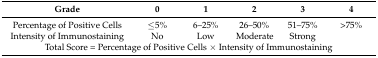
<table><thead><tr><td><b>Grade</b></td><td><b>0</b></td><td><b>1</b></td><td><b>2</b></td><td><b>3</b></td><td><b>4</b></td></tr></thead><tbody><tr><td>Percentage of Positive Cells</td><td>≤5%</td><td>6–25%</td><td>26–50%</td><td>51–75%</td><td>&gt;75%</td></tr><tr><td>Intensity of Immunostaining</td><td>No</td><td>Low</td><td>Moderate</td><td>Strong</td><td></td></tr><tr><td colspan="6">Total Score = Percentage of Positive Cells × Intensity of Immunostaining</td></tr></tbody></table>